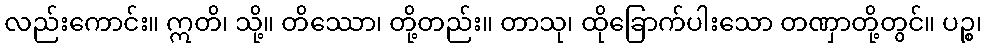
လည်းကောင်း။ ဣတိ၊ သို့။ တိဿော၊ တို့တည်း။ တာသု၊ ထိုခြောက်ပါးသော တဏှာတို့တွင်။ ပဉ္စ၊